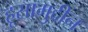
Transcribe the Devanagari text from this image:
हूसामुद्दीन